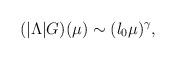
LaTeX: \begin{align*}(|\Lambda|G)(\mu) \sim (l_0 \mu)^\gamma ,\end{align*}